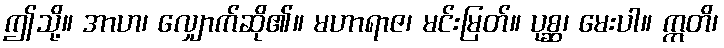
ဤသို့။ အာဟ၊ လျှောက်ဆို၏။ မဟာရာဇ၊ မင်းမြတ်။ ပုစ္ဆ၊ မေးပါ။ ဣတိ၊